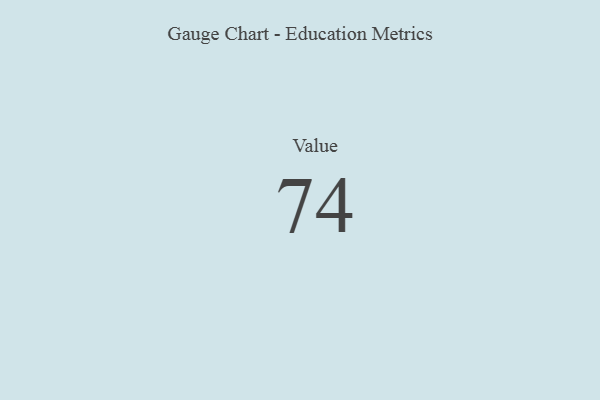
{"axis": {"x": "Metric", "y": "Value"}, "legend": [""], "data": [{"x": "Value", "y": 74, "type": ""}]}